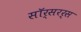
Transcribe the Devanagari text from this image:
सॉर्सरर्स